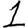
Digit: 1